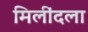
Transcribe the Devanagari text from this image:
मिलींदला